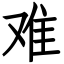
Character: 难